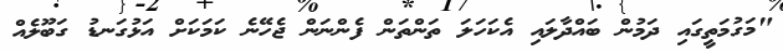
"މަގުމަތީގައި ދަމުން ބައްދާލައި އެކަހަލަ ތަންތަން ފެންނަން ޖެހޭނެ ކަމަކަށް އަޅުގަނޑު ގަބޫލެއް